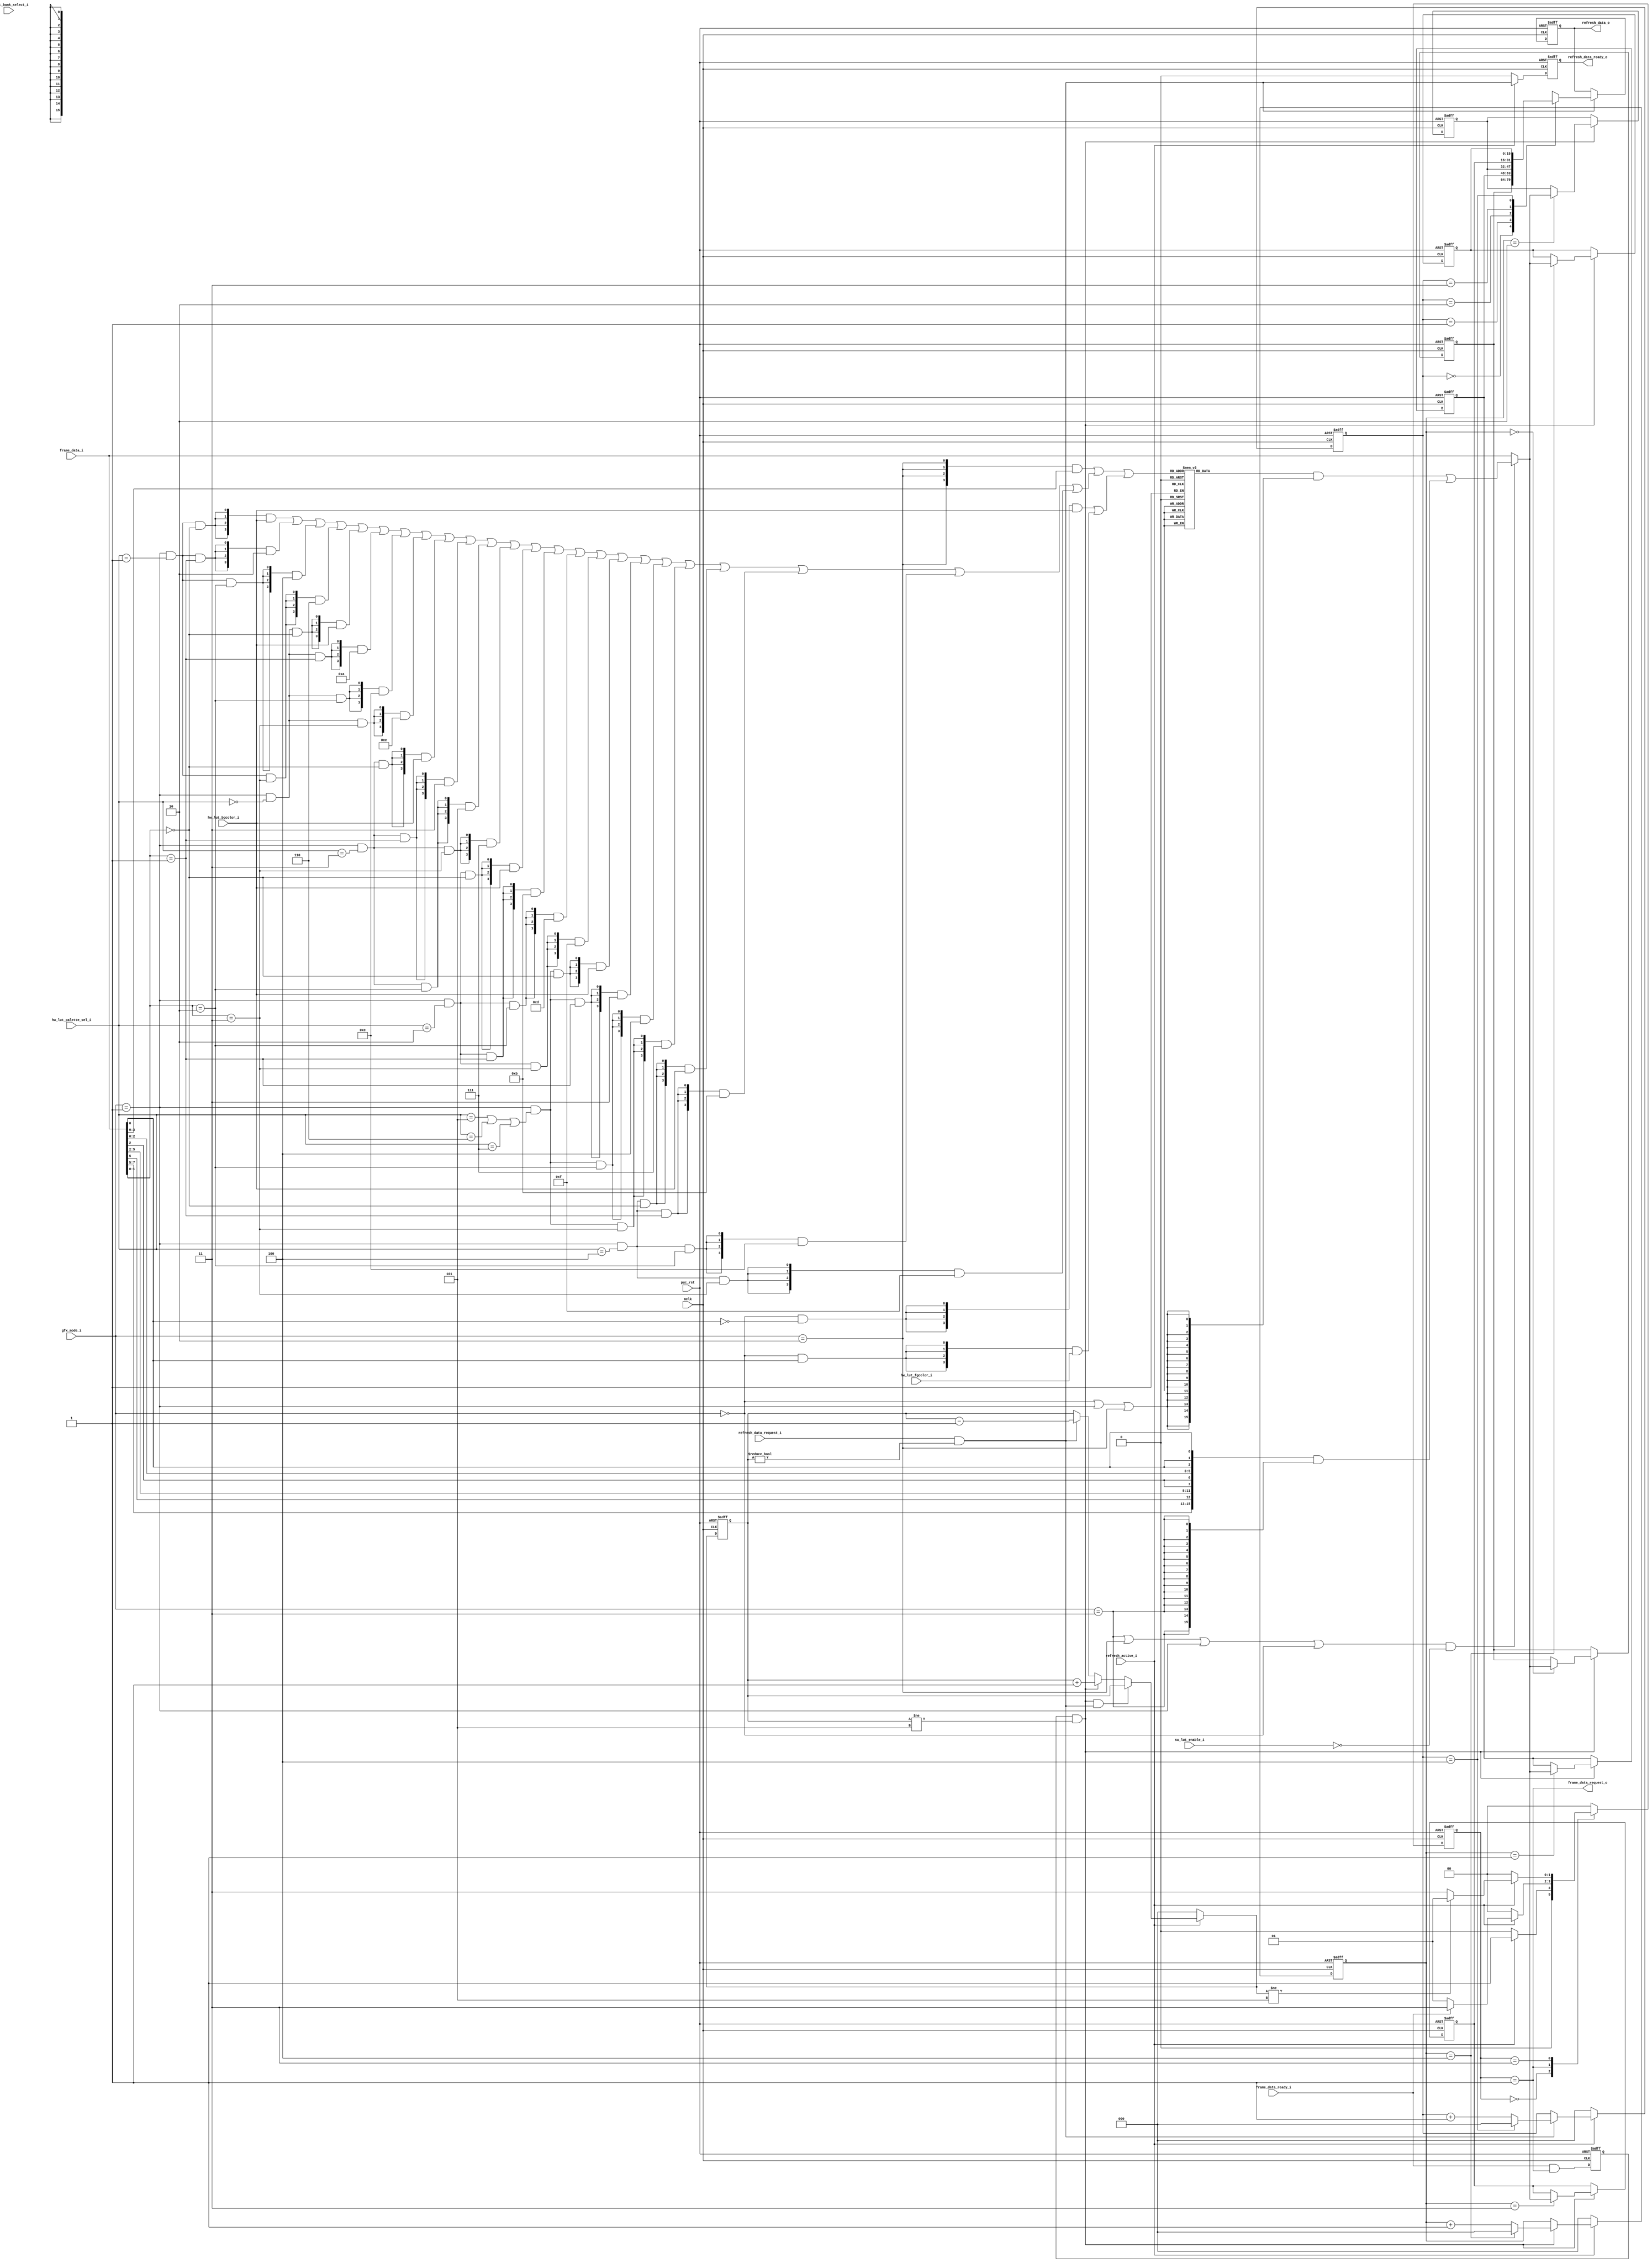
module  ogfx_backend_lut_fifo (

// OUTPUTs
    frame_data_request_o,                        // Request for next frame data

    refresh_data_o,                              // Display Refresh data
    refresh_data_ready_o,                        // Display Refresh data ready

`ifdef WITH_PROGRAMMABLE_LUT
    lut_ram_addr_o,                              // LUT-RAM address
    lut_ram_cen_o,                               // LUT-RAM enable (active low)
`endif

// INPUTs
    mclk,                                        // Main system clock
    puc_rst,                                     // Main system reset

    frame_data_i,                                // Frame data
    frame_data_ready_i,                          // Frame data ready

    gfx_mode_i,                                  // Video mode (1xx:16bpp / 011:8bpp / 010:4bpp / 001:2bpp / 000:1bpp)

`ifdef WITH_PROGRAMMABLE_LUT
    lut_ram_dout_i,                              // LUT-RAM data output
    lut_ram_dout_rdy_nxt_i,                      // LUT-RAM data output ready during next cycle
`endif

    refresh_active_i,                            // Display refresh on going
    refresh_data_request_i,                      // Request for next refresh data

    hw_lut_palette_sel_i,                        // Hardware LUT palette configuration
    hw_lut_bgcolor_i,                            // Hardware LUT background-color selection
    hw_lut_fgcolor_i,                            // Hardware LUT foreground-color selection
    sw_lut_enable_i,                             // Refresh LUT-RAM enable
    sw_lut_bank_select_i                         // Refresh LUT-RAM bank selection
);

// OUTPUTs
//=========
output               frame_data_request_o;       // Request for next frame data

output        [15:0] refresh_data_o;             // Display Refresh data
output               refresh_data_ready_o;       // Display Refresh data ready

`ifdef WITH_PROGRAMMABLE_LUT
output [`LRAM_MSB:0] lut_ram_addr_o;             // LUT-RAM address
output               lut_ram_cen_o;              // LUT-RAM enable (active low)
`endif

// INPUTs
//=========
input                mclk;                       // Main system clock
input                puc_rst;                    // Main system reset

input         [15:0] frame_data_i;               // Frame data
input                frame_data_ready_i;         // Frame data ready

input          [2:0] gfx_mode_i;                 // Video mode (1xx:16bpp / 011:8bpp / 010:4bpp / 001:2bpp / 000:1bpp)

`ifdef WITH_PROGRAMMABLE_LUT
input         [15:0] lut_ram_dout_i;             // LUT-RAM data output
input                lut_ram_dout_rdy_nxt_i;     // LUT-RAM data output ready during next cycle
`endif

input                refresh_active_i;           // Display refresh on going
input                refresh_data_request_i;     // Request for next refresh data

input          [2:0] hw_lut_palette_sel_i;       // Hardware LUT palette configuration
input          [3:0] hw_lut_bgcolor_i;           // Hardware LUT background-color selection
input          [3:0] hw_lut_fgcolor_i;           // Hardware LUT foreground-color selection
input                sw_lut_enable_i;            // Refresh LUT-RAM enable
input                sw_lut_bank_select_i;       // Refresh LUT-RAM bank selection


//=============================================================================
// 1)  WIRE, REGISTERS AND PARAMETER DECLARATION
//=============================================================================

// State machine registers
reg    [1:0] lut_state;
reg    [1:0] lut_state_nxt;

// State definition
parameter    STATE_IDLE        =   0,
             STATE_FRAME_DATA  =   1,
             STATE_LUT_DATA    =   2,
             STATE_HOLD        =   3;

// Some parameter(s)
parameter    FIFO_EMPTY        =  3'h0,
             FIFO_FULL         =  3'h5;

// Video modes decoding
wire         gfx_mode_1_bpp    =  (gfx_mode_i == 3'b000);
wire         gfx_mode_2_bpp    =  (gfx_mode_i == 3'b001);
wire         gfx_mode_4_bpp    =  (gfx_mode_i == 3'b010);
wire         gfx_mode_8_bpp    =  (gfx_mode_i == 3'b011);
wire         gfx_mode_16_bpp   = ~(gfx_mode_8_bpp | gfx_mode_4_bpp |
                                   gfx_mode_2_bpp | gfx_mode_1_bpp);

// Others
reg    [2:0] fifo_counter;
wire   [2:0] fifo_counter_nxt;


//============================================================================
// 2) HARD CODED LOOKUP TABLE
//============================================================================

// 16 full CGA color selection
parameter [3:0] CGA_BLACK         = 4'h0,
                CGA_BLUE          = 4'h1,
                CGA_GREEN         = 4'h2,
                CGA_CYAN          = 4'h3,
                CGA_RED           = 4'h4,
                CGA_MAGENTA       = 4'h5,
                CGA_BROWN         = 4'h6,
                CGA_LIGHT_GRAY    = 4'h7,
                CGA_GRAY          = 4'h8,
                CGA_LIGHT_BLUE    = 4'h9,
                CGA_LIGHT_GREEN   = 4'hA,
                CGA_LIGHT_CYAN    = 4'hB,
                CGA_LIGHT_RED     = 4'hC,
                CGA_LIGHT_MAGENTA = 4'hD,
                CGA_YELLOW        = 4'hE,
                CGA_WHITE         = 4'hF;

// Decode CGA 4 color mode (2bpp)
wire         cga_palette0_hi   = (hw_lut_palette_sel_i==3'h0);
wire         cga_palette0_lo   = (hw_lut_palette_sel_i==3'h1);
wire         cga_palette1_hi   = (hw_lut_palette_sel_i==3'h2);
wire         cga_palette1_lo   = (hw_lut_palette_sel_i==3'h3);
wire         cga_palette2_hi   = (hw_lut_palette_sel_i==3'h4);
wire         cga_palette2_lo   = (hw_lut_palette_sel_i==3'h5) | (hw_lut_palette_sel_i==3'h6) | (hw_lut_palette_sel_i==3'h7);

// LUT color decoding
                                 // 1 BPP
wire   [3:0] lut_hw_sel_1bpp   = ({4{gfx_mode_1_bpp                   & (frame_data_i[0]  ==1'b0 )}} & hw_lut_bgcolor_i ) |  // 1 bpp:  Black        (default bgcolor)
                                 ({4{gfx_mode_1_bpp                   & (frame_data_i[0]  ==1'b1 )}} & hw_lut_fgcolor_i ) ;  //         White        (default fgcolor)

                                 // 2 BPP (Palette #0, low-intensity)
wire   [3:0] lut_hw_sel_2bpp   = ({4{gfx_mode_2_bpp & cga_palette0_lo & (frame_data_i[1:0]==2'b00)}} & hw_lut_bgcolor_i ) |  // 2 bpp:  Black        (default bgcolor)
                                 ({4{gfx_mode_2_bpp & cga_palette0_lo & (frame_data_i[1:0]==2'b01)}} & CGA_GREEN        ) |  //         Green
                                 ({4{gfx_mode_2_bpp & cga_palette0_lo & (frame_data_i[1:0]==2'b10)}} & CGA_RED          ) |  //         Red
                                 ({4{gfx_mode_2_bpp & cga_palette0_lo & (frame_data_i[1:0]==2'b11)}} & CGA_BROWN        ) |  //         Brown

                                 // 2 BPP (Palette #0, high-intensity)
                                 ({4{gfx_mode_2_bpp & cga_palette0_hi & (frame_data_i[1:0]==2'b00)}} & hw_lut_bgcolor_i ) |  // 2 bpp:  Black        (default bgcolor)
                                 ({4{gfx_mode_2_bpp & cga_palette0_hi & (frame_data_i[1:0]==2'b01)}} & CGA_LIGHT_GREEN  ) |  //         Light-Green
                                 ({4{gfx_mode_2_bpp & cga_palette0_hi & (frame_data_i[1:0]==2'b10)}} & CGA_LIGHT_RED    ) |  //         Light-Red
                                 ({4{gfx_mode_2_bpp & cga_palette0_hi & (frame_data_i[1:0]==2'b11)}} & CGA_YELLOW       ) |  //         Yellow

                                 // 2 BPP (Palette #1, low-intensity)
                                 ({4{gfx_mode_2_bpp & cga_palette1_lo & (frame_data_i[1:0]==2'b00)}} & hw_lut_bgcolor_i ) |  // 2 bpp:  Black        (default bgcolor)
                                 ({4{gfx_mode_2_bpp & cga_palette1_lo & (frame_data_i[1:0]==2'b01)}} & CGA_CYAN         ) |  //         Cyan
                                 ({4{gfx_mode_2_bpp & cga_palette1_lo & (frame_data_i[1:0]==2'b10)}} & CGA_MAGENTA      ) |  //         Magenta
                                 ({4{gfx_mode_2_bpp & cga_palette1_lo & (frame_data_i[1:0]==2'b11)}} & CGA_LIGHT_GRAY   ) |  //         Light-Gray

                                 // 2 BPP (Palette #1, high-intensity)
                                 ({4{gfx_mode_2_bpp & cga_palette1_hi & (frame_data_i[1:0]==2'b00)}} & hw_lut_bgcolor_i ) |  // 2 bpp:  Black        (default bgcolor)
                                 ({4{gfx_mode_2_bpp & cga_palette1_hi & (frame_data_i[1:0]==2'b01)}} & CGA_LIGHT_CYAN   ) |  //         Light-Cyan
                                 ({4{gfx_mode_2_bpp & cga_palette1_hi & (frame_data_i[1:0]==2'b10)}} & CGA_LIGHT_MAGENTA) |  //         Light-Magenta
                                 ({4{gfx_mode_2_bpp & cga_palette1_hi & (frame_data_i[1:0]==2'b11)}} & CGA_WHITE        ) |  //         White

                                 // 2 BPP (Palette #2, low-intensity)
                                 ({4{gfx_mode_2_bpp & cga_palette2_lo & (frame_data_i[1:0]==2'b00)}} & hw_lut_bgcolor_i ) |  // 2 bpp:  Black        (default bgcolor)
                                 ({4{gfx_mode_2_bpp & cga_palette2_lo & (frame_data_i[1:0]==2'b01)}} & CGA_CYAN         ) |  //         Cyan
                                 ({4{gfx_mode_2_bpp & cga_palette2_lo & (frame_data_i[1:0]==2'b10)}} & CGA_RED          ) |  //         Red
                                 ({4{gfx_mode_2_bpp & cga_palette2_lo & (frame_data_i[1:0]==2'b11)}} & CGA_LIGHT_GRAY   ) |  //         Light-Gray

                                 // 2 BPP (Palette #2, high-intensity)
                                 ({4{gfx_mode_2_bpp & cga_palette2_hi & (frame_data_i[1:0]==2'b00)}} & hw_lut_bgcolor_i ) |  // 2 bpp:  Black        (default bgcolor)
                                 ({4{gfx_mode_2_bpp & cga_palette2_hi & (frame_data_i[1:0]==2'b01)}} & CGA_LIGHT_CYAN   ) |  //         Light-Cyan
                                 ({4{gfx_mode_2_bpp & cga_palette2_hi & (frame_data_i[1:0]==2'b10)}} & CGA_LIGHT_RED    ) |  //         Light-Red
                                 ({4{gfx_mode_2_bpp & cga_palette2_hi & (frame_data_i[1:0]==2'b11)}} & CGA_WHITE        ) ;  //         White

                                 // 4 BPP (full CGA 16-color palette)
wire   [3:0] lut_hw_sel_4bpp   = ({4{gfx_mode_4_bpp}}                 &  frame_data_i[3:0]);

wire   [3:0] lut_hw_color_sel  =  lut_hw_sel_4bpp | lut_hw_sel_2bpp | lut_hw_sel_1bpp;

// Color encoding for 1-bit / 2-bit and 4-bit modes
reg   [15:0] lut_hw_data_1_2_4_bpp;
always @(lut_hw_color_sel)
  case(lut_hw_color_sel)
    CGA_BLACK         :  lut_hw_data_1_2_4_bpp  =  {5'b00000, 6'b000000, 5'b00000};     // Black
    CGA_BLUE          :  lut_hw_data_1_2_4_bpp  =  {5'b00000, 6'b000000, 5'b10101};     // Blue
    CGA_GREEN         :  lut_hw_data_1_2_4_bpp  =  {5'b00000, 6'b101011, 5'b00000};     // Green
    CGA_CYAN          :  lut_hw_data_1_2_4_bpp  =  {5'b00000, 6'b101011, 5'b10101};     // Cyan
    CGA_RED           :  lut_hw_data_1_2_4_bpp  =  {5'b10101, 6'b000000, 5'b00000};     // Red
    CGA_MAGENTA       :  lut_hw_data_1_2_4_bpp  =  {5'b10101, 6'b000000, 5'b10101};     // Magenta
    CGA_BROWN         :  lut_hw_data_1_2_4_bpp  =  {5'b10101, 6'b010101, 5'b00000};     // Brown
    CGA_LIGHT_GRAY    :  lut_hw_data_1_2_4_bpp  =  {5'b10101, 6'b101011, 5'b10101};     // Light Gray
    CGA_GRAY          :  lut_hw_data_1_2_4_bpp  =  {5'b01011, 6'b010101, 5'b01011};     // Gray
    CGA_LIGHT_BLUE    :  lut_hw_data_1_2_4_bpp  =  {5'b01011, 6'b010101, 5'b11111};     // Light Blue
    CGA_LIGHT_GREEN   :  lut_hw_data_1_2_4_bpp  =  {5'b01011, 6'b111111, 5'b01011};     // Light Green
    CGA_LIGHT_CYAN    :  lut_hw_data_1_2_4_bpp  =  {5'b01011, 6'b111111, 5'b11111};     // Light Cyan
    CGA_LIGHT_RED     :  lut_hw_data_1_2_4_bpp  =  {5'b11111, 6'b010101, 5'b01011};     // Light Red
    CGA_LIGHT_MAGENTA :  lut_hw_data_1_2_4_bpp  =  {5'b11111, 6'b010101, 5'b11111};     // Light Magenta
    CGA_YELLOW        :  lut_hw_data_1_2_4_bpp  =  {5'b11111, 6'b111111, 5'b01011};     // Yellow
    CGA_WHITE         :  lut_hw_data_1_2_4_bpp  =  {5'b11111, 6'b111111, 5'b11111};     // White
    // pragma coverage off
    default           :  lut_hw_data_1_2_4_bpp  =  16'h0000;
    // pragma coverage on
  endcase

// 8-bit truecolor RGB mapping (3-bit red / 3-bit green / 2-bit blue)
wire  [15:0] lut_hw_data_8_bpp = {frame_data_i[7],frame_data_i[6],frame_data_i[5],frame_data_i[5],frame_data_i[5],                 // 8 bpp:  R = D<7,6,5,5,5>
                                  frame_data_i[4],frame_data_i[3],frame_data_i[2],frame_data_i[2],frame_data_i[2],frame_data_i[2], //         G = D<4,3,2,2,2,2>
                                  frame_data_i[1],frame_data_i[0],frame_data_i[0],frame_data_i[0],frame_data_i[0]};                //         B = D<1,0,0,0,0>

wire  [15:0] lut_hw_data       = (lut_hw_data_1_2_4_bpp & {16{gfx_mode_1_bpp | gfx_mode_2_bpp | gfx_mode_4_bpp}}) |
                                 (lut_hw_data_8_bpp     & {16{gfx_mode_8_bpp}});

wire         lut_hw_enabled    = ~gfx_mode_16_bpp   & ~sw_lut_enable_i;
wire         lut_sw_enabled    = ~gfx_mode_16_bpp   &  sw_lut_enable_i;


//============================================================================
// 3) STATE MACHINE
//============================================================================

//--------------------------------
// States Transitions
//--------------------------------
always @(lut_state or refresh_active_i or frame_data_ready_i     or
`ifdef WITH_PROGRAMMABLE_LUT
                      lut_sw_enabled   or lut_ram_dout_rdy_nxt_i or
`endif
                      fifo_counter_nxt)
    case(lut_state)

      STATE_IDLE           :  lut_state_nxt = ~refresh_active_i             ? STATE_IDLE       : STATE_FRAME_DATA ;

      STATE_FRAME_DATA     :  lut_state_nxt = ~refresh_active_i             ? STATE_IDLE       :
                                              ~frame_data_ready_i           ? STATE_FRAME_DATA :
`ifdef WITH_PROGRAMMABLE_LUT
                                               lut_sw_enabled               ? STATE_LUT_DATA   :
`endif
                                                                                                 STATE_HOLD       ;

`ifdef WITH_PROGRAMMABLE_LUT
      STATE_LUT_DATA       :  lut_state_nxt = ~refresh_active_i             ? STATE_IDLE       :
                                               lut_ram_dout_rdy_nxt_i       ? STATE_HOLD       : STATE_LUT_DATA   ;
`endif

      STATE_HOLD           :  lut_state_nxt = ~refresh_active_i             ? STATE_IDLE       :
                                              (fifo_counter_nxt!=FIFO_FULL) ? STATE_FRAME_DATA : STATE_HOLD       ;

    // pragma coverage off
      default              :  lut_state_nxt =  STATE_IDLE;
    // pragma coverage on
    endcase

//--------------------------------
// State machine
//--------------------------------
always @(posedge mclk or posedge puc_rst)
  if (puc_rst) lut_state  <= STATE_IDLE;
  else         lut_state  <= lut_state_nxt;


// Request for the next frame data
assign frame_data_request_o = (lut_state == STATE_FRAME_DATA);


//============================================================================
// 4) LUT MEMORY INTERFACE
//============================================================================

//--------------------------------
// Enable
//--------------------------------
`ifdef WITH_PROGRAMMABLE_LUT
   assign lut_ram_cen_o  = ~(lut_state == STATE_LUT_DATA);
`endif

//--------------------------------
// Address
//--------------------------------
// Mask with chip enable to save power

`ifdef WITH_PROGRAMMABLE_LUT
  `ifdef WITH_EXTRA_LUT_BANK
    // Allow LUT bank switching only when the refresh is not on going
    reg refresh_lut_bank_select_sync;
    always @(posedge mclk or posedge puc_rst)
      if (puc_rst)                refresh_lut_bank_select_sync  <=  1'b0;
      else if (~refresh_active_i) refresh_lut_bank_select_sync  <=  sw_lut_bank_select_i;

    assign lut_ram_addr_o = {refresh_lut_bank_select_sync, frame_data_i[7:0]} & {9{~lut_ram_cen_o}};
  `else
    assign lut_ram_addr_o = frame_data_i[7:0] & {8{~lut_ram_cen_o}};
  `endif
`endif

//--------------------------------
// Data Ready
//--------------------------------
// When filling the FIFO, the data is available on the bus
// one cycle after the rdy_nxt signal
reg            lut_ram_dout_ready;
always @(posedge mclk or posedge puc_rst)
  if (puc_rst) lut_ram_dout_ready  <=  1'b0;
`ifdef WITH_PROGRAMMABLE_LUT
  else         lut_ram_dout_ready  <=  lut_sw_enabled ? lut_ram_dout_rdy_nxt_i :
                                                        (frame_data_ready_i & (lut_state == STATE_FRAME_DATA));
`else
  else         lut_ram_dout_ready  <=  (frame_data_ready_i & (lut_state == STATE_FRAME_DATA));
`endif


//============================================================================
// 5) FIFO COUNTER
//============================================================================

// Control signals
wire      fifo_push =  lut_ram_dout_ready     & (fifo_counter != FIFO_FULL);
wire      fifo_pop  =  refresh_data_request_i & (fifo_counter != FIFO_EMPTY);

// Fifo counter
assign fifo_counter_nxt = ~refresh_active_i      ?  FIFO_EMPTY          : // Initialize
                          (fifo_push & fifo_pop) ?  fifo_counter        : // Keep value (pop & push at the same time)
                           fifo_push             ?  fifo_counter + 3'h1 : // Push
                           fifo_pop              ?  fifo_counter - 3'h1 : // Pop
                                                    fifo_counter;         // Hold

always @(posedge mclk or posedge puc_rst)
  if (puc_rst) fifo_counter <= FIFO_EMPTY;
  else         fifo_counter <= fifo_counter_nxt;


//============================================================================
// 6) FIFO MEMORY & RD/WR POINTERS
//============================================================================

// Write pointer
reg [2:0] wr_ptr;
always @(posedge mclk or posedge puc_rst)
  if (puc_rst)                    wr_ptr  <=  3'h0;
  else if (~refresh_active_i)     wr_ptr  <=  3'h0;
  else if (fifo_push)
    begin
       if (wr_ptr==(FIFO_FULL-1)) wr_ptr  <=  3'h0;
       else                       wr_ptr  <=  wr_ptr + 3'h1;
    end

// Memory
reg [15:0] fifo_mem [0:4];
always @(posedge mclk or posedge puc_rst)
  if (puc_rst)
    begin
       fifo_mem[0]      <=  16'h0000;
       fifo_mem[1]      <=  16'h0000;
       fifo_mem[2]      <=  16'h0000;
       fifo_mem[3]      <=  16'h0000;
       fifo_mem[4]      <=  16'h0000;
    end
  else if (fifo_push)
    begin
       fifo_mem[wr_ptr] <=  lut_hw_enabled ? lut_hw_data    :
`ifdef WITH_PROGRAMMABLE_LUT
                            lut_sw_enabled ? lut_ram_dout_i :
`endif
                                             frame_data_i;
    end

// Read pointer
reg [2:0] rd_ptr;
always @(posedge mclk or posedge puc_rst)
  if (puc_rst)                    rd_ptr  <=  3'h0;
  else if (~refresh_active_i)     rd_ptr  <=  3'h0;
  else if (fifo_pop)
    begin
       if (rd_ptr==(FIFO_FULL-1)) rd_ptr  <=  3'h0;
       else                       rd_ptr  <=  rd_ptr + 3'h1;
    end

//============================================================================
// 7) REFRESH_DATA
//============================================================================

// Refresh Data is ready
reg        refresh_data_ready_o;
always @(posedge mclk or posedge puc_rst)
  if (puc_rst)                refresh_data_ready_o <=  1'h0;
  else if (~refresh_active_i) refresh_data_ready_o <=  1'h0;
  else                        refresh_data_ready_o <=  fifo_pop;

// Refresh Data
reg [15:0] refresh_data_o;
always @(posedge mclk or posedge puc_rst)
  if (puc_rst)                refresh_data_o <= 16'h0000;
  else if (fifo_pop)          refresh_data_o <= fifo_mem[rd_ptr];


endmodule